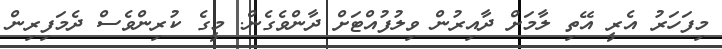
މިފަހަރު އެރީ އޭތި ލާމަށް ދާއިރުން ވިލުފުއްޓަށް ދާންވެގެން. މީގެ ކުރިންވެސް ދެމަފިރިން